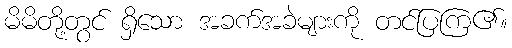
မိမိတို့တွင် ရှိသော အခက်အခဲများကို တင်ပြကြ၏။